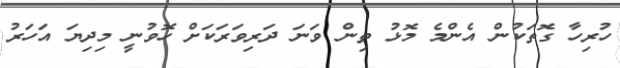
ހުރިހާ ގޮތަކުން އެންމެ މޮޅު ތިން ވަނަ ދަރިވަރަކަށް ހޮވުނީ މިދިޔަ އަހަރު